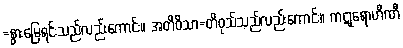
=နွားမြေရင်းသည်လည်းကောင်း။ အတိဝိသာ=တိဝုသ်သည်လည်းကောင်း။ ကဋုရောဟိဏီ